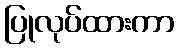
ပြုလုပ်ထားကာ